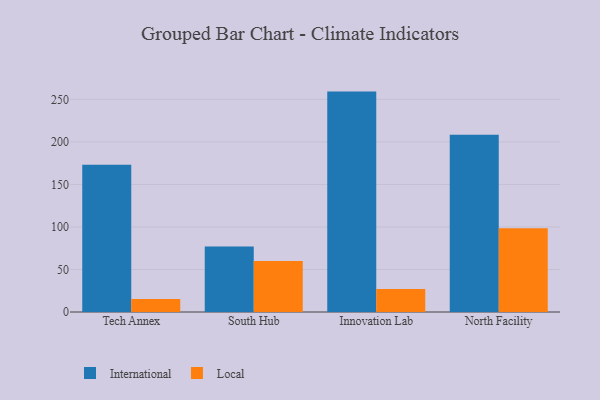
{"axis": {"x": "Campus", "y": "Energy Usage (MWh)"}, "legend": ["International", "Local"], "data": [{"x": "Tech Annex", "y": 173.0, "type": "International"}, {"x": "Tech Annex", "y": 15.3, "type": "Local"}, {"x": "South Hub", "y": 76.9, "type": "International"}, {"x": "South Hub", "y": 60.0, "type": "Local"}, {"x": "Innovation Lab", "y": 259.1, "type": "International"}, {"x": "Innovation Lab", "y": 27.1, "type": "Local"}, {"x": "North Facility", "y": 208.3, "type": "International"}, {"x": "North Facility", "y": 98.5, "type": "Local"}]}